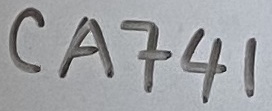
Text: CA741